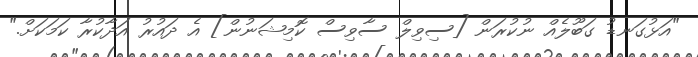
"އަޅުގަނޑު ގަބޫލެއް ނުކުރަން [ސިވިލް ސާވިސް ކޮމިޝަނުން] އެ ދައުރު އަދާކުރާ ކަމަކަށް."